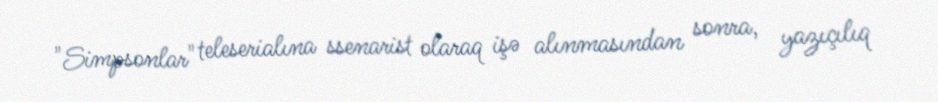
"Simpsonlar" teleserialına ssenarist olaraq işə alınmasından sonra, yazıçılıq